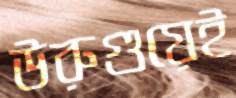
উরুগুয়েই